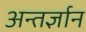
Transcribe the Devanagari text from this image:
अन्तर्ज्ञान